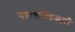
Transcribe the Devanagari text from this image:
पराशक्तिधारी